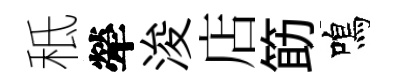
秪犖浚店筯鳴